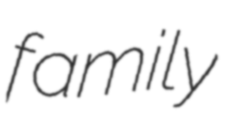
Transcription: family